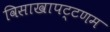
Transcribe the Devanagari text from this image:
विसाखापट्टणम